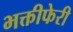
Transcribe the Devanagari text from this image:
भक्तीफेरी